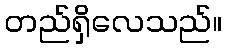
တည်ရှိလေသည်။